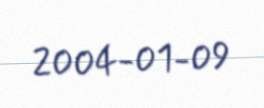
2004-01-09